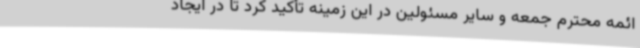
ائمه محترم جمعه و سایر مسئولین در این زمینه تأکید کرد تا در ایجاد